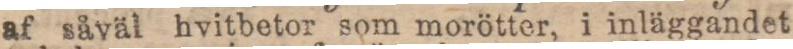
af såväl hvitbetor som morötter, i inläggandet